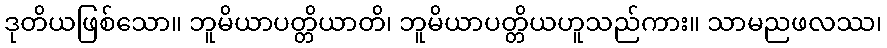
ဒုတိယဖြစ်သော။ ဘူမိယာပတ္တိယာတိ၊ ဘူမိယာပတ္တိယဟူသည်ကား။ သာမညဖလဿ၊